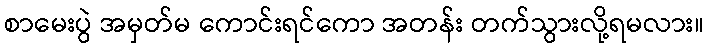
စာမေးပွဲ အမှတ်မ ကောင်းရင်ကော အတန်း တက်သွားလို့ရမလား။